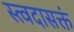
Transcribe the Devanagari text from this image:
स्त्वदासक्तं